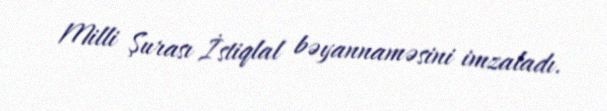
Milli Şurası İstiqlal bəyannaməsini imzaladı.